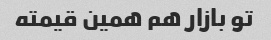
تو بازار هم همین قیمته